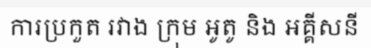
ការប្រកួត រវាង ក្រុម អូតូ និង អគ្គីសនី